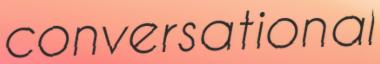
conversational